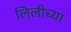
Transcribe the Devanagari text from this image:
लिलीच्या